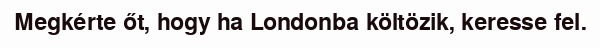
Megkérte őt, hogy ha Londonba költözik, keresse fel.